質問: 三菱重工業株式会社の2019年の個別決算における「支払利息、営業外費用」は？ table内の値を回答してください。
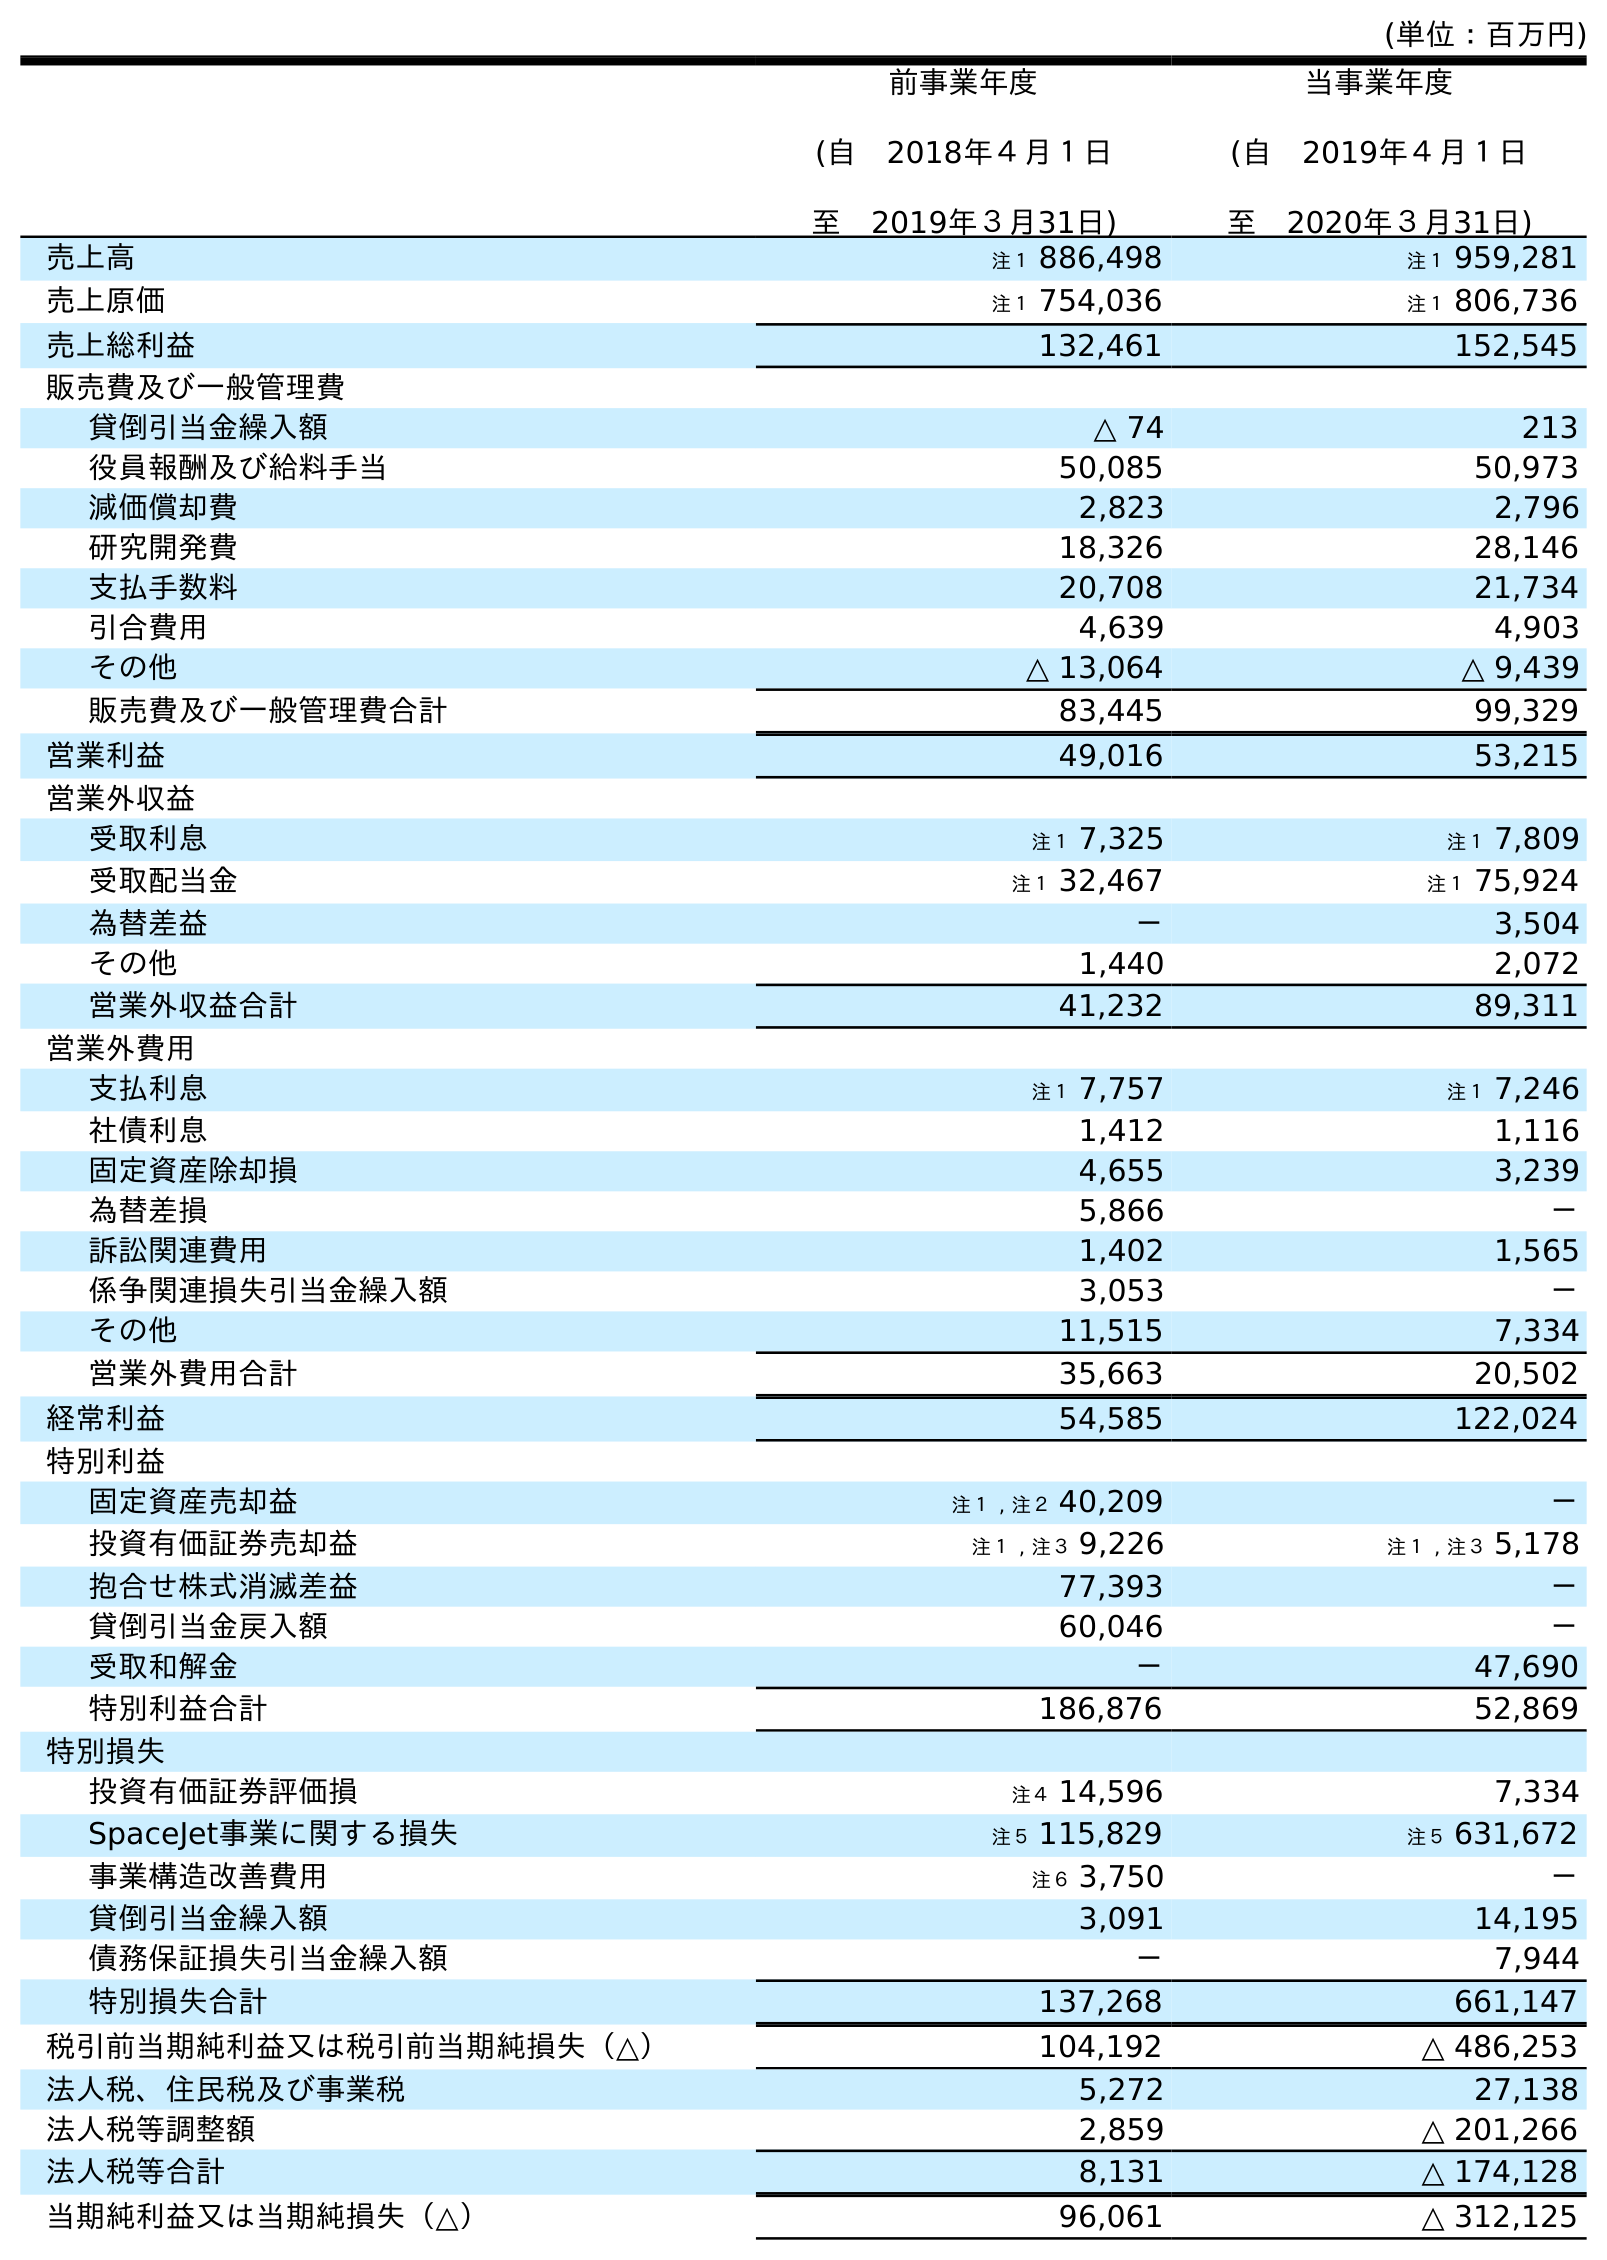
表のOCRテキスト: (単位：百万円) 前事業年度 (自 2018年４月１日 至 2019年３月31日) 当事業年度 (自 2019年４月１日 至 2020年３月31日) 売上高 注１ 886,498 注１ 959,281 売上原価 注１ 754,036 注１ 806,736 売上総利益 132,461 152,545 販売費及び一般管理費 貸倒引当金繰入額 △ 74 213 役員報酬及び給料手当 50,085 50,973 減価償却費 2,823 2,796 研究開発費 18,326 28,146 支払手数料 20,708 21,734 引合費用 4,639 4,903 その他 △ 13,064 △ 9,439 販売費及び一般管理費合計 83,445 99,329 営業利益 49,016 53,215 営業外収益 受取利息 注１ 7,325 注１ 7,809 受取配当金 注１ 32,467 注１ 75,924 為替差益 － 3,504 その他 1,440 2,072 営業外収益合計 41,232 89,311 営業外費用 支払利息 注１ 7,757 注１ 7,246 社債利息 1,412 1,116 固定資産除却損 4,655 3,239 為替差損 5,866 － 訴訟関連費用 1,402 1,565 係争関連損失引当金繰入額 3,053 － その他 11,515 7,334 営業外費用合計 35,663 20,502 経常利益 54,585 122,024 特別利益 固定資産売却益 注１ , 注２ 40,209 － 投資有価証券売却益 注１ , 注３ 9,226 注１ , 注３ 5,178 抱合せ株式消滅差益 77,393 － 貸倒引当金戻入額 60,046 － 受取和解金 － 47,690 特別利益合計 186,876 52,869 特別損失 投資有価証券評価損 注４ 14,596 7,334 SpaceJet事業に関する損失 注５ 115,829 注５ 631,672 事業構造改善費用 注６ 3,750 － 貸倒引当金繰入額 3,091 14,195 債務保証損失引当金繰入額 － 7,944 特別損失合計 137,268 661,147 税引前当期純利益又は税引前当期純損失（△） 104,192 △ 486,253 法人税、住民税及び事業税 5,272 27,138 法人税等調整額 2,859 △ 201,266 法人税等合計 8,131 △ 174,128 当期純利益又は当期純損失（△） 96,061 △ 312,125
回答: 注１7,757